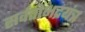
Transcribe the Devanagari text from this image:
सर्वतोभद्रयंत्र